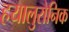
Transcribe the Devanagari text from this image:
हयालुरोनिक